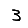
Digit: 3